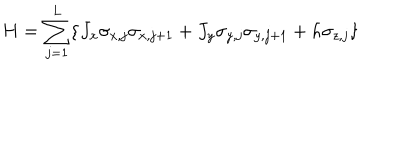
H = \sum _ { j = 1 } ^ { L } \{ J _ { x } \sigma _ { x , j } \sigma _ { x , j + 1 } + J _ { y } \sigma _ { y , j } \sigma _ { y , j + 1 } + h \sigma _ { z , j } \} \, \nonumber